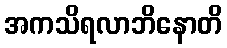
အကသိရလာဘိနောတိ